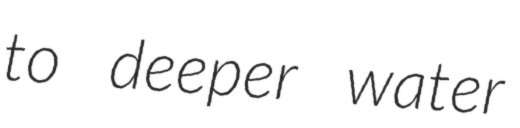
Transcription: to deeper water